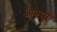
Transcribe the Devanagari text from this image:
आल्सो